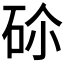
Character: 𥑒